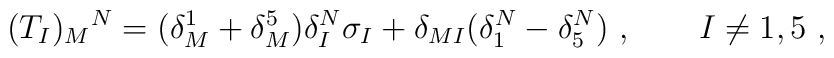
(T_I)_M{}^N = (\delta_M^1 + \delta_M^5) \delta_I^N \sigma_I + \delta_{MI} (\delta_1^N - \delta_5^N)\ , \qquad I \neq 1,5 \ ,